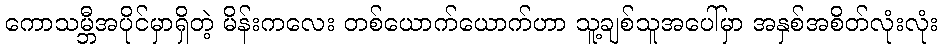
ကောသမ္ဘီအပိုင်မှာရှိတဲ့ မိန်းကလေး တစ်ယောက်ယောက်ဟာ သူ့ချစ်သူအပေါ်မှာ အနှစ်အစိတ်လုံးလုံး